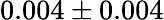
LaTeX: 0.004\pm 0.004